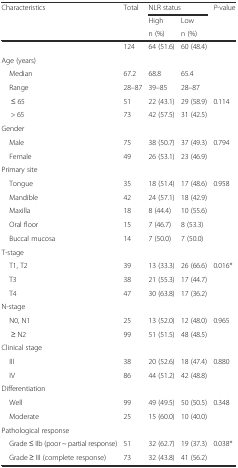
<table><thead><tr><td><b>Characteristics</b></td><td><b>Total</b></td><td colspan="2"><b>NLR status</b></td><td><b><i>P</i>-value</b></td></tr><tr><td></td><td></td><td><b>High</b></td><td><b>Low</b></td><td></td></tr><tr><td></td><td></td><td><b>n (%)</b></td><td><b>n (%)</b></td><td></td></tr></thead><tbody><tr><td></td><td>124</td><td>64 (51.6)</td><td>60 (48.4)</td><td></td></tr><tr><td colspan="5">Age (years)</td></tr><tr><td> Median</td><td>67.2</td><td>68.8</td><td>65.4</td><td></td></tr><tr><td> Range</td><td>28–87</td><td>39–85</td><td>28–87</td><td></td></tr><tr><td>≤ 65</td><td>51</td><td>22 (43.1)</td><td>29 (58.9)</td><td>0.114</td></tr><tr><td>&gt; 65</td><td>73</td><td>42 (57.5)</td><td>31 (42.5)</td><td></td></tr><tr><td colspan="5">Gender</td></tr><tr><td> Male</td><td>75</td><td>38 (50.7)</td><td>37 (49.3)</td><td>0.794</td></tr><tr><td> Female</td><td>49</td><td>26 (53.1)</td><td>23 (46.9)</td><td></td></tr><tr><td colspan="5">Primary site</td></tr><tr><td> Tongue</td><td>35</td><td>18 (51.4)</td><td>17 (48.6)</td><td>0.958</td></tr><tr><td> Mandible</td><td>42</td><td>24 (57.1)</td><td>18 (42.9)</td><td></td></tr><tr><td> Maxilla</td><td>18</td><td>8 (44.4)</td><td>10 (55.6)</td><td></td></tr><tr><td> Oral floor</td><td>15</td><td>7 (46.7)</td><td>8 (53.3)</td><td></td></tr><tr><td> Buccal mucosa</td><td>14</td><td>7 (50.0)</td><td>7 (50.0)</td><td></td></tr><tr><td colspan="5">T-stage</td></tr><tr><td> T1, T2</td><td>39</td><td>13 (33.3)</td><td>26 (66.6)</td><td>0.016*</td></tr><tr><td> T3</td><td>38</td><td>21 (55.3)</td><td>17 (44.7)</td><td></td></tr><tr><td> T4</td><td>47</td><td>30 (63.8)</td><td>17 (36.2)</td><td></td></tr><tr><td colspan="5">N-stage</td></tr><tr><td> N0, N1</td><td>25</td><td>13 (52.0)</td><td>12 (48.0)</td><td>0.965</td></tr><tr><td>≥ N2</td><td>99</td><td>51 (51.5)</td><td>48 (48.5)</td><td></td></tr><tr><td colspan="5">Clinical stage</td></tr><tr><td> III</td><td>38</td><td>20 (52.6)</td><td>18 (47.4)</td><td>0.880</td></tr><tr><td> IV</td><td>86</td><td>44 (51.2)</td><td>42 (48.8)</td><td></td></tr><tr><td colspan="5">Differentiation</td></tr><tr><td> Well</td><td>99</td><td>49 (49.5)</td><td>50 (50.5)</td><td>0.348</td></tr><tr><td> Moderate</td><td>25</td><td>15 (60.0)</td><td>10 (40.0)</td><td></td></tr><tr><td colspan="5">Pathological response</td></tr><tr><td> Grade ≤ IIb (poor ~ partial response)</td><td>51</td><td>32 (62.7)</td><td>19 (37.3)</td><td>0.038*</td></tr><tr><td> Grade ≥ III (complete response)</td><td>73</td><td>32 (43.8)</td><td>41 (56.2)</td><td></td></tr></tbody></table>